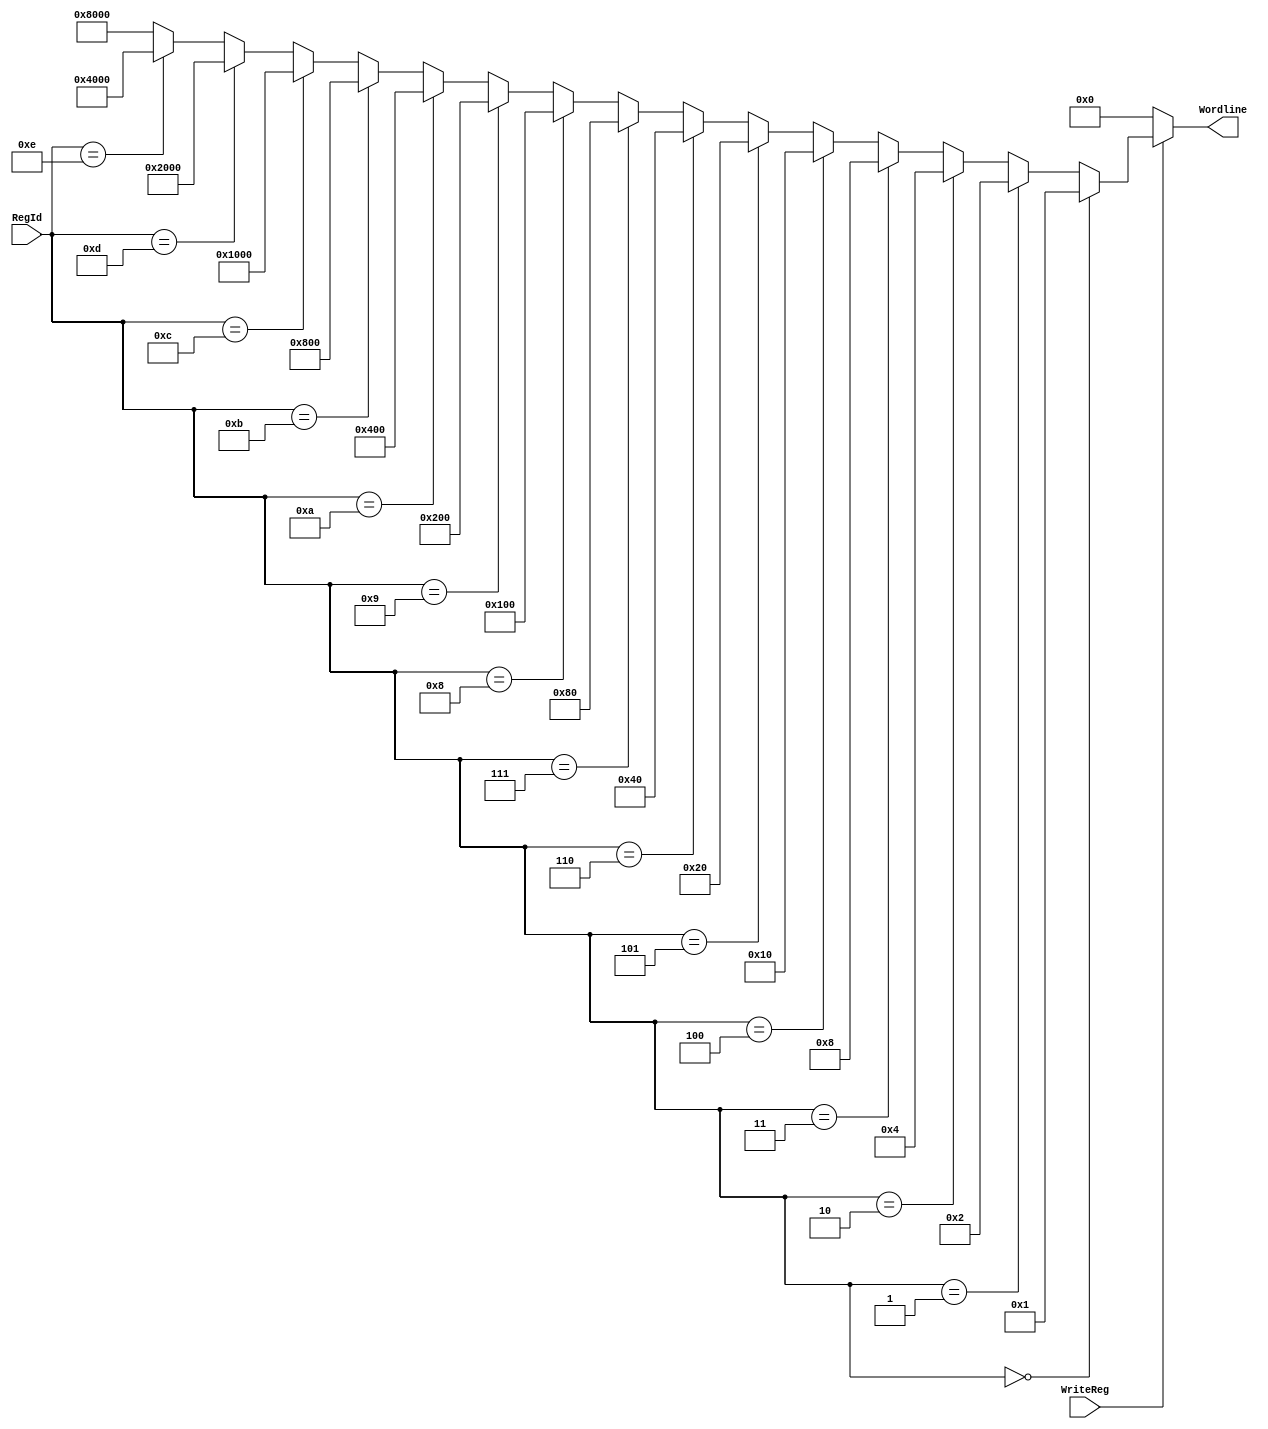
module WriteDecoder_4_16 (input [3:0] RegId, input WriteReg, output [15:0] Wordline);

assign Wordline = !WriteReg ? 0 :
                  RegId == 0 ? 1 :
                  RegId == 1 ? 2 :
                  RegId == 2 ? 4 :
                  RegId == 3 ? 8 :
                  RegId == 4 ? 16 :
                  RegId == 5 ? 32 :
                  RegId == 6 ? 64 :
                  RegId == 7 ? 128 :
                  RegId == 8 ? 256 :
                  RegId == 9 ? 512 :
                  RegId == 10 ? 1024 :
                  RegId == 11 ? 2048 :
                  RegId == 12 ? 4096 :
                  RegId == 13 ? 8192 :
                  RegId == 14 ? 16384 :
                  32768 ;

endmodule // WriteDecoder